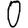
Digit: 0